Vaccination in the Punjab 1883-1896 - 1883-1896
Year: 1883
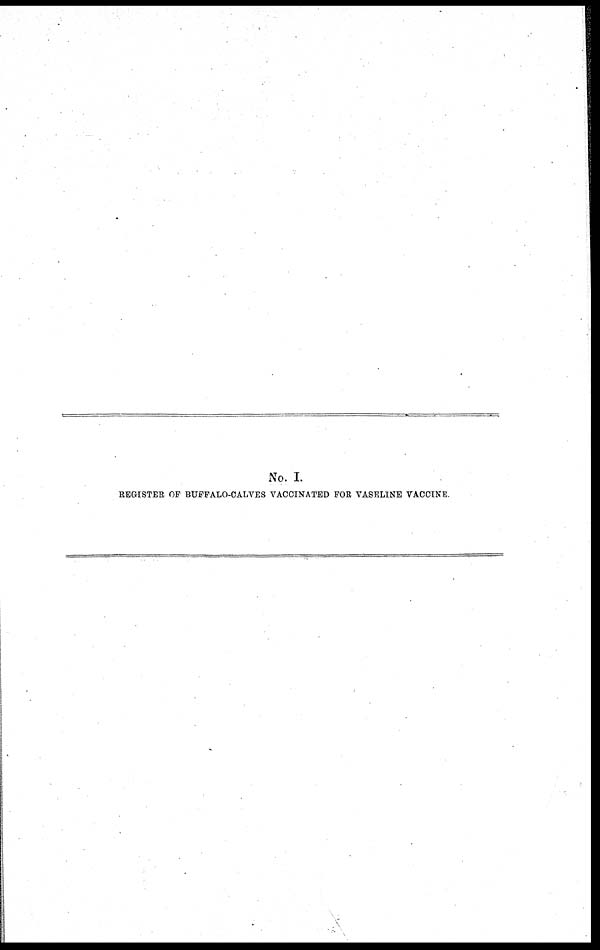
No. I.
REGISTER OF BUFFALO-CALVES VACCINATED FOR VASELINE VACCINE